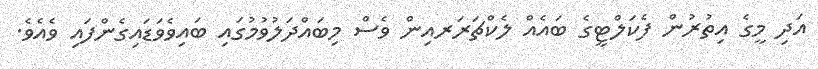
އަދި މީގެ އިތުރުން ފެކަލްޓީގެ ބައެއް ލެކްޗަރަރއިން ވެސް މިބައްދަލުވުމުގައި ބައިވެވަޑައިގެންފައި ވެއެވެ.